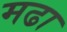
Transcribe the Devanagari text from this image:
मढा